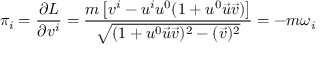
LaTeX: \pi _ { i } = \frac { \partial L } { \partial v ^ { i } } = \frac { { m } \left[ v ^ { i } - u ^ { i } u ^ { 0 } ( 1 + u ^ { 0 } \vec { u } \vec { v } ) \right] } { \sqrt { ( 1 + u ^ { 0 } \vec { u } \vec { v } ) ^ { 2 } - ( \vec { v } ) ^ { 2 } } } = - m \omega _ { i }